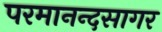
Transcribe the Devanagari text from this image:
परमानन्दसागर